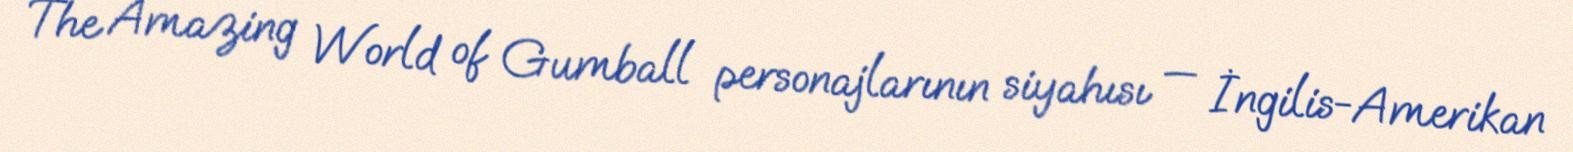
The Amazing World of Gumball personajlarının siyahısı — İngilis-Amerikan